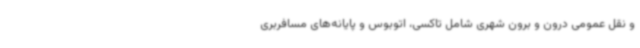
و نقل عمومی درون و برون شهری شامل تاکسی، اتوبوس و پایانه‌های مسافربری